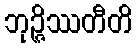
ဘုဉ္ဇိဿတီတိ